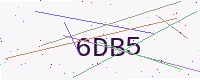
Text: 6DB5